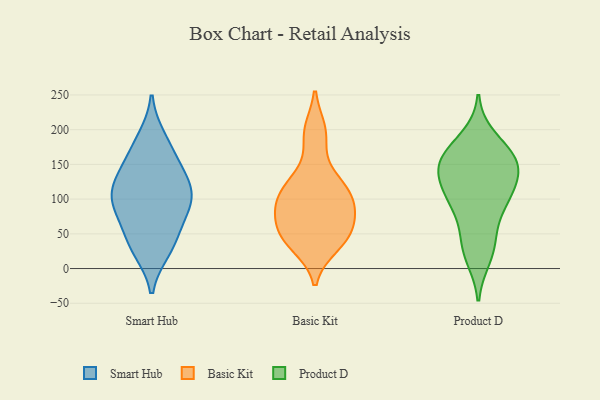
{"axis": {"x": "Satisfaction Score", "y": "Value"}, "legend": ["Basic Kit", "Product D", "Smart Hub"], "data": [{"x": "", "y": 110, "type": "Smart Hub"}, {"x": "", "y": 32, "type": "Smart Hub"}, {"x": "", "y": 144, "type": "Smart Hub"}, {"x": "", "y": 187, "type": "Smart Hub"}, {"x": "", "y": 40, "type": "Smart Hub"}, {"x": "", "y": 108, "type": "Smart Hub"}, {"x": "", "y": 91, "type": "Smart Hub"}, {"x": "", "y": 27, "type": "Smart Hub"}, {"x": "", "y": 121, "type": "Smart Hub"}, {"x": "", "y": 174, "type": "Smart Hub"}, {"x": "", "y": 72, "type": "Smart Hub"}, {"x": "", "y": 105, "type": "Smart Hub"}, {"x": "", "y": 144, "type": "Smart Hub"}, {"x": "", "y": 80, "type": "Smart Hub"}, {"x": "", "y": 115, "type": "Basic Kit"}, {"x": "", "y": 91, "type": "Basic Kit"}, {"x": "", "y": 33, "type": "Basic Kit"}, {"x": "", "y": 193, "type": "Basic Kit"}, {"x": "", "y": 58, "type": "Basic Kit"}, {"x": "", "y": 42, "type": "Basic Kit"}, {"x": "", "y": 198, "type": "Basic Kit"}, {"x": "", "y": 38, "type": "Basic Kit"}, {"x": "", "y": 120, "type": "Basic Kit"}, {"x": "", "y": 101, "type": "Basic Kit"}, {"x": "", "y": 64, "type": "Basic Kit"}, {"x": "", "y": 94, "type": "Basic Kit"}, {"x": "", "y": 56, "type": "Basic Kit"}, {"x": "", "y": 90, "type": "Basic Kit"}, {"x": "", "y": 135, "type": "Basic Kit"}, {"x": "", "y": 88, "type": "Product D"}, {"x": "", "y": 87, "type": "Product D"}, {"x": "", "y": 162, "type": "Product D"}, {"x": "", "y": 30, "type": "Product D"}, {"x": "", "y": 16, "type": "Product D"}, {"x": "", "y": 188, "type": "Product D"}, {"x": "", "y": 107, "type": "Product D"}, {"x": "", "y": 116, "type": "Product D"}, {"x": "", "y": 44, "type": "Product D"}, {"x": "", "y": 156, "type": "Product D"}, {"x": "", "y": 165, "type": "Product D"}, {"x": "", "y": 152, "type": "Product D"}, {"x": "", "y": 115, "type": "Product D"}, {"x": "", "y": 141, "type": "Product D"}, {"x": "", "y": 145, "type": "Product D"}]}